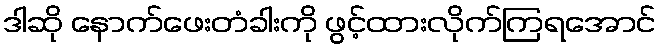
ဒါဆို နောက်ဖေးတံခါးကို ဖွင့်ထားလိုက်ကြရအောင်